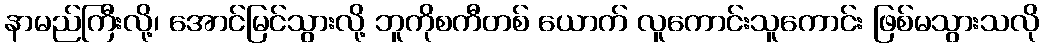
နာမည်ကြီးလို့၊ အောင်မြင်သွားလို့ ဘူကိုစကီတစ် ယောက် လူကောင်းသူကောင်း ဖြစ်မသွားသလို